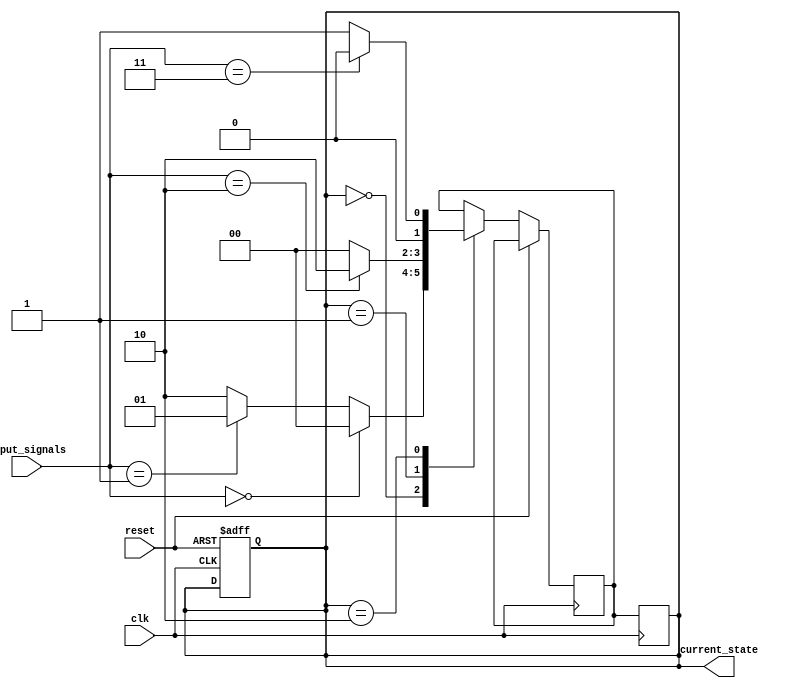
module StateMachine (
    input wire clk,
    input wire reset,
    input wire [1:0] input_signals,
    output reg [1:0] current_state
);

    parameter STATE_A = 2'b00;
    parameter STATE_B = 2'b01;
    parameter STATE_C = 2'b10;

    reg [1:0] next_state;

    always @(posedge clk or posedge reset) begin
        if (reset) begin
            current_state <= STATE_A;
        end else begin
            case (current_state)
                STATE_A: begin
                    if (input_signals == 2'b00) begin
                        next_state <= STATE_A;
                    end else if (input_signals == 2'b01) begin
                        next_state <= STATE_B;
                    end else begin
                        next_state <= STATE_C;
                    end
                end
                STATE_B: begin
                    if (input_signals == 2'b10) begin
                        next_state <= STATE_C;
                    end else begin
                        next_state <= STATE_A;
                    end
                end
                STATE_C: begin
                    if (input_signals == 2'b11) begin
                        next_state <= STATE_A;
                    end else begin
                        next_state <= STATE_B;
                    end
                end
            endcase
        end
    end

    always @(posedge clk) begin
        current_state <= next_state;
    end

endmodule